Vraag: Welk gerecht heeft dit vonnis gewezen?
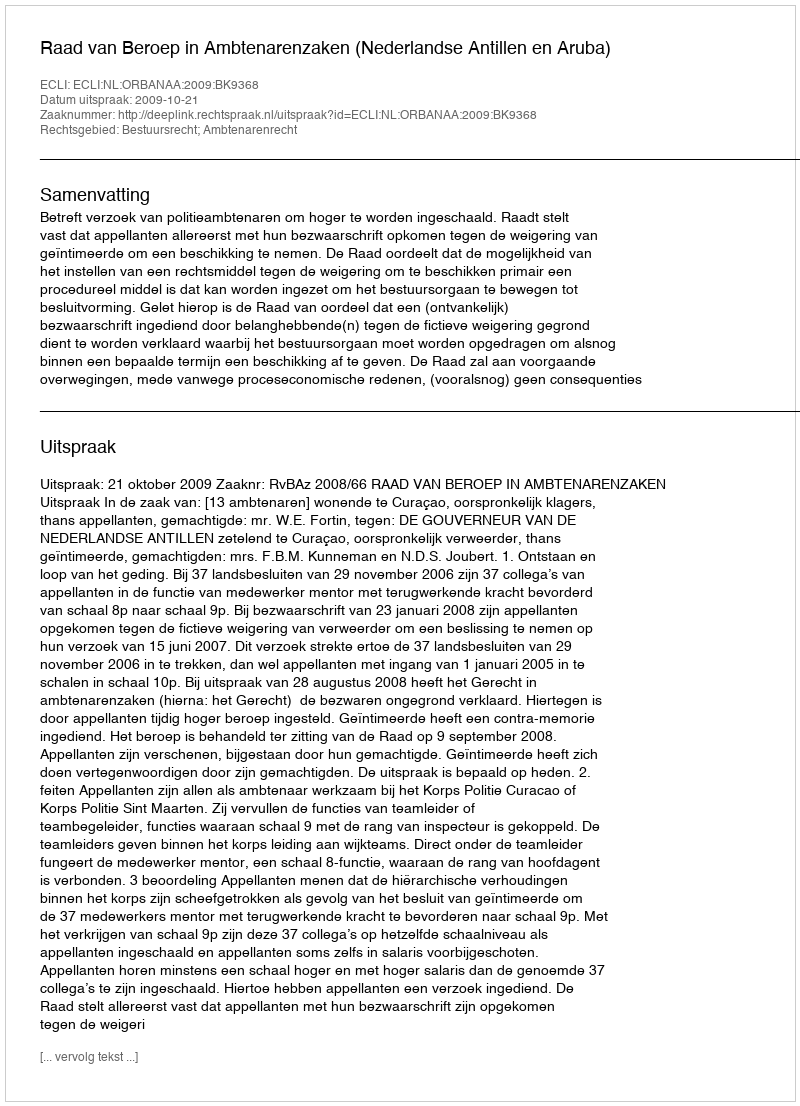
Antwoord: Raad van Beroep in Ambtenarenzaken (Nederlandse Antillen en Aruba)